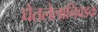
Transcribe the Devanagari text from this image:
घेतलेलानिवडक